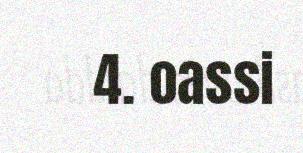
4. oassi